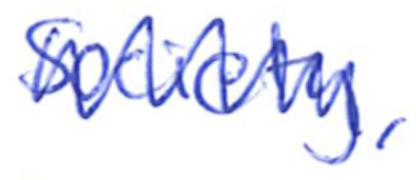
Text: Society,
Cross-out: zig-zag
Writing tool: ballpoint